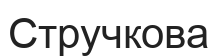
Стручкова